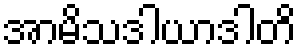
အာမိသဒါယာဒါတိ